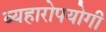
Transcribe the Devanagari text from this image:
व्यहारोपयोगी